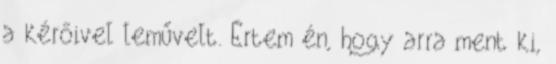
a kérőivel leművelt. Értem én, hogy arra ment ki,